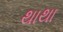
થાથા